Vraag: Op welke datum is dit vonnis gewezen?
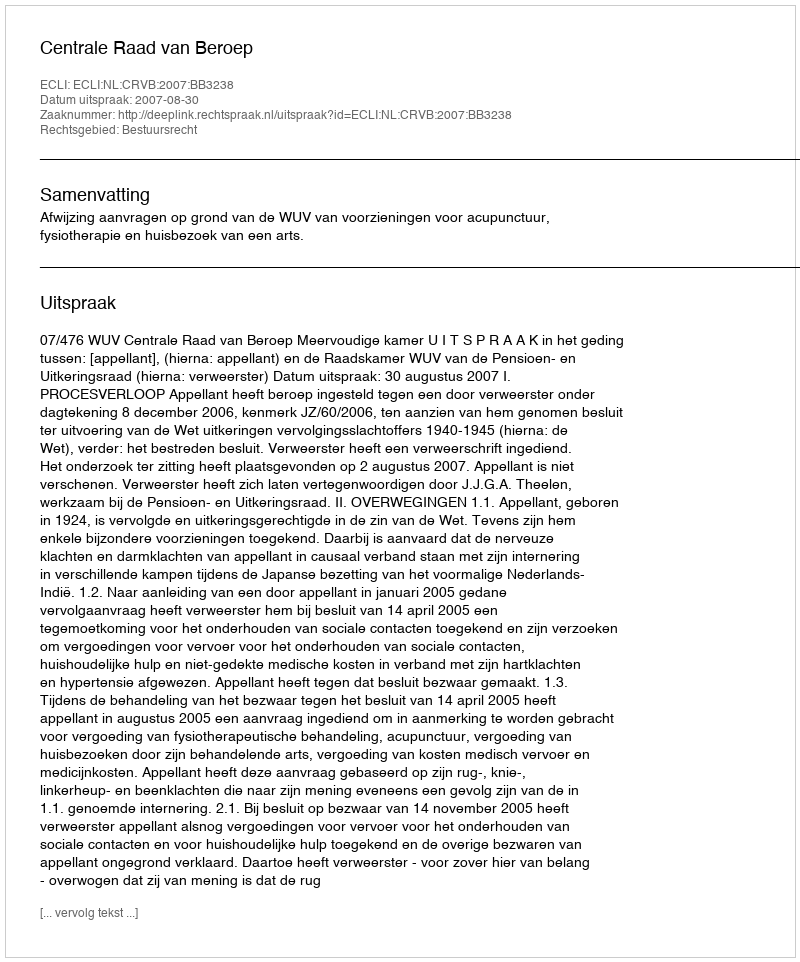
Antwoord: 2007-08-30